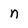
Character: n